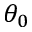
\theta _ { 0 }